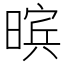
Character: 𮲨